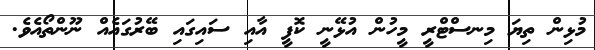
މުޅިން ތިޔަ މިނސްޓްރީ މީހުން އުޅޭނީ ކޮފީ އާއި ސައިގައި ބޭރުގައެއް ނޫންތޯއެވެ.